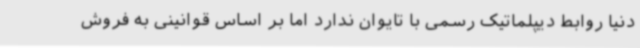
دنیا روابط دیپلماتیک رسمی با تایوان ندارد اما بر اساس قوانینی به فروش